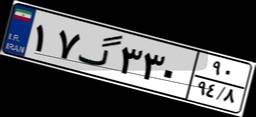
۱۷گ۳۳۰۹۰